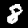
Label: 8